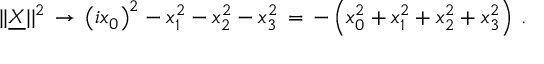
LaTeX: | | \underline { { { X } } } | | ^ { 2 } \, \to \, \left( i x _ { 0 } \right) ^ { 2 } - x _ { 1 } ^ { 2 } - x _ { 2 } ^ { 2 } - x _ { 3 } ^ { 2 } \, = \, - \left( x _ { 0 } ^ { 2 } + x _ { 1 } ^ { 2 } + x _ { 2 } ^ { 2 } + x _ { 3 } ^ { 2 } \right) \, .